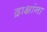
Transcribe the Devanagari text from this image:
द्राक्षांना